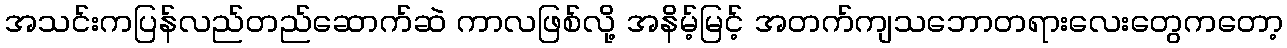
အသင်းကပြန်လည်တည်ဆောက်ဆဲ ကာလဖြစ်လို့ အနိမ့်မြင့် အတက်ကျသဘောတရားလေးတွေကတော့